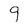
Character: 9